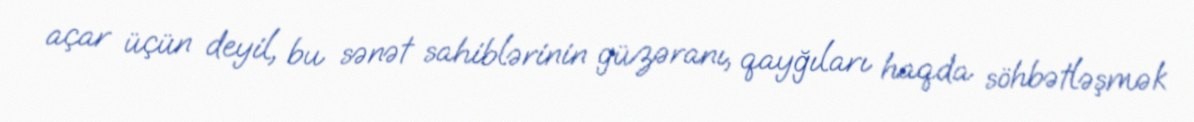
açar üçün deyil, bu sənət sahiblərinin güzəranı, qayğıları haqda söhbətləşmək